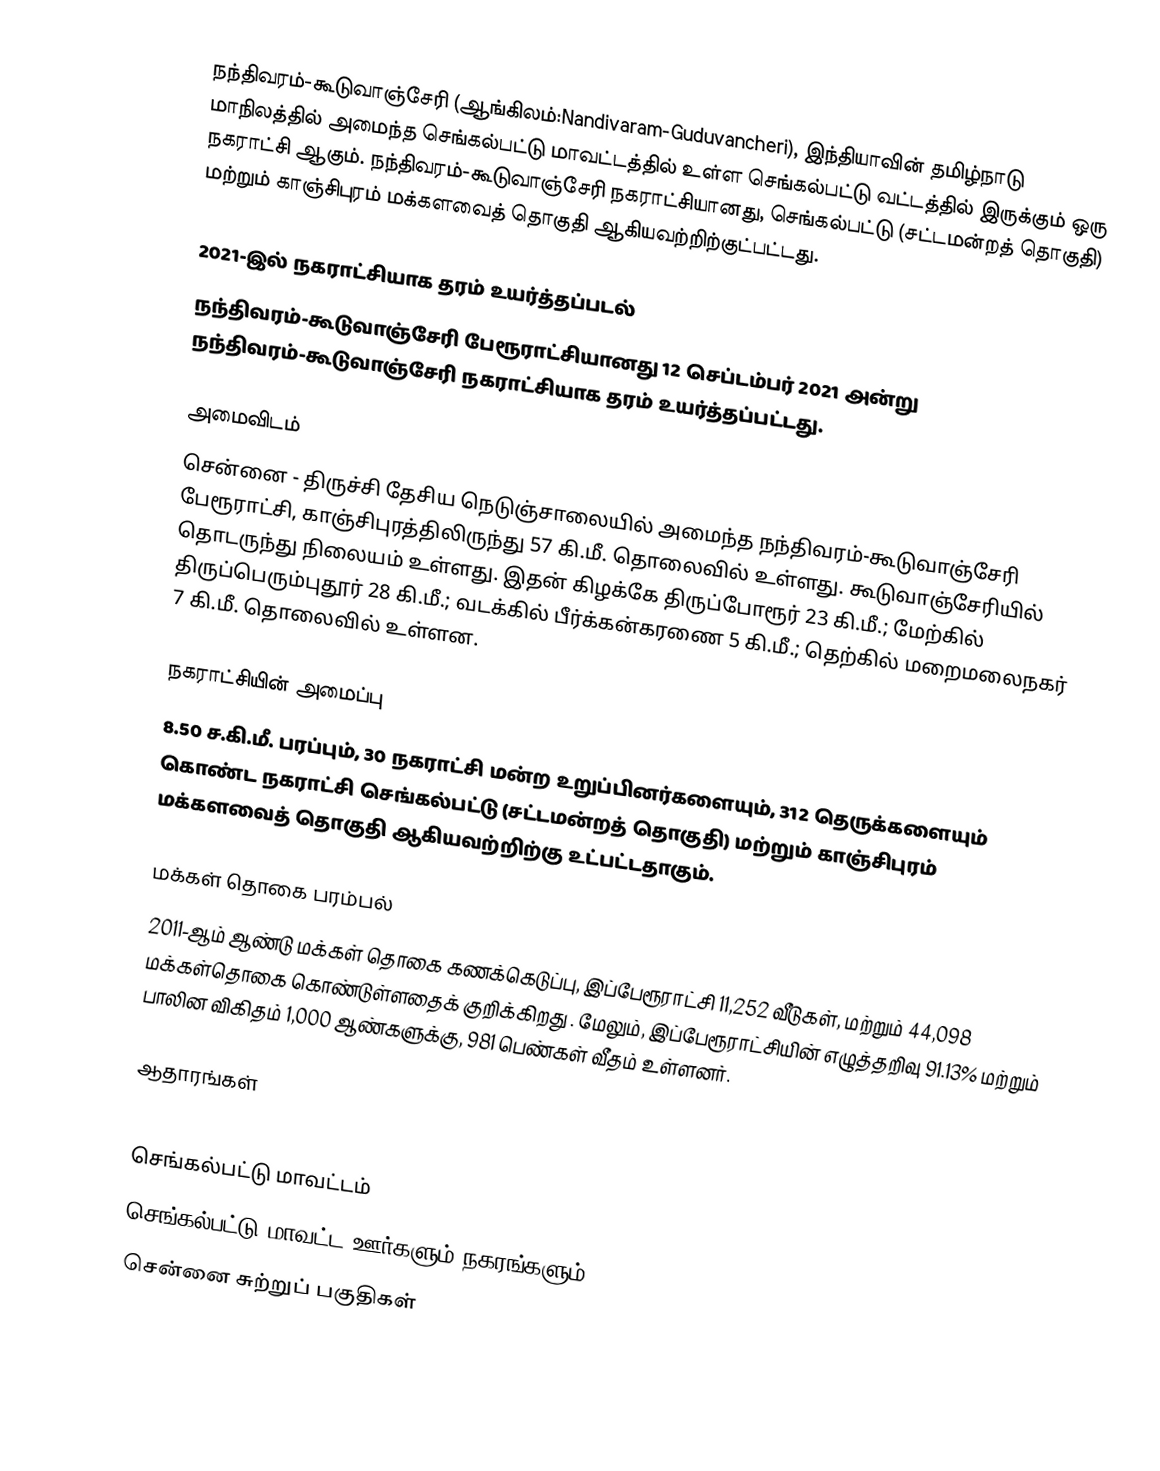
நந்திவரம்-கூடுவாஞ்சேரி (ஆங்கிலம்:Nandivaram-Guduvancheri), இந்தியாவின் தமிழ்நாடு மாநிலத்தில் அமைந்த செங்கல்பட்டு  மாவட்டத்தில் உள்ள செங்கல்பட்டு வட்டத்தில் இருக்கும் ஒரு நகராட்சி ஆகும். நந்திவரம்-கூடுவாஞ்சேரி நகராட்சியானது, செங்கல்பட்டு (சட்டமன்றத் தொகுதி) மற்றும் காஞ்சிபுரம் மக்களவைத் தொகுதி ஆகியவற்றிற்குட்பட்டது.

2021-இல் நகராட்சியாக தரம் உயர்த்தப்படல்
நந்திவரம்-கூடுவாஞ்சேரி பேரூராட்சியானது 12 செப்டம்பர் 2021 அன்று நந்திவரம்-கூடுவாஞ்சேரி நகராட்சியாக தரம் உயர்த்தப்பட்டது.

அமைவிடம்
சென்னை - திருச்சி தேசிய நெடுஞ்சாலையில் அமைந்த நந்திவரம்-கூடுவாஞ்சேரி பேரூராட்சி, காஞ்சிபுரத்திலிருந்து 57 கி.மீ. தொலைவில் உள்ளது. கூடுவாஞ்சேரியில் தொடருந்து நிலையம் உள்ளது. இதன் கிழக்கே திருப்போரூர் 23 கி.மீ.; மேற்கில்  திருப்பெரும்புதூர் 28 கி.மீ.; வடக்கில் பீர்க்கன்கரணை 5 கி.மீ.; தெற்கில் மறைமலைநகர் 7 கி.மீ. தொலைவில் உள்ளன.

நகராட்சியின் அமைப்பு
8.50 ச.கி.மீ. பரப்பும், 30 நகராட்சி மன்ற உறுப்பினர்களையும், 312 தெருக்களையும் கொண்ட நகராட்சி செங்கல்பட்டு (சட்டமன்றத் தொகுதி) மற்றும் காஞ்சிபுரம் மக்களவைத் தொகுதி ஆகியவற்றிற்கு உட்பட்டதாகும்.

மக்கள் தொகை பரம்பல்
2011-ஆம் ஆண்டு மக்கள் தொகை கணக்கெடுப்பு, இப்பேரூராட்சி 11,252 வீடுகள், மற்றும் 44,098 மக்கள்தொகை கொண்டுள்ளதைக் குறிக்கிறது . மேலும், இப்பேரூராட்சியின் எழுத்தறிவு 91.13% மற்றும்  பாலின விகிதம் 1,000 ஆண்களுக்கு, 981 பெண்கள் வீதம் உள்ளனர்.

ஆதாரங்கள்

செங்கல்பட்டு மாவட்டம்
செங்கல்பட்டு மாவட்ட ஊர்களும் நகரங்களும்
சென்னை சுற்றுப் பகுதிகள்